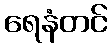
ရေနံတင်